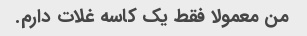
من معمولا فقط یک کاسه غلات دارم.